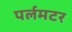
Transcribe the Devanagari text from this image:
पर्लमटर